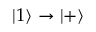
| 1 \rangle \to | + \rangle